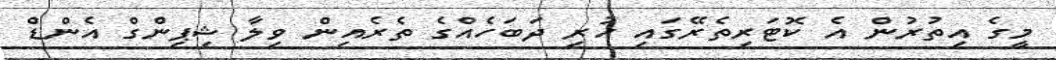
މީގެ އިތުރުން އެ ކޮޓަރިތެރޭގައި ހުރި ދަބަހެއްގެ ތެރެއިން ވިލާ ޝިޕިންގް އެންޑް